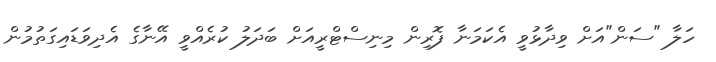
ހަލާ "ސަން"އަށް ވިދާޅުވީ އެކަމަނާ ފޮރިން މިނިސްޓްރީއަށް ބަދަލު ކުރެއްވީ އޭނާގެ އެދިވަޑައިގަތުމުން